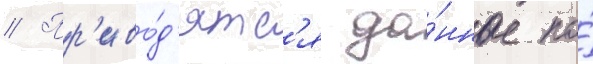
// Пр'иво́д'ятс'я да́нные по́